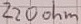
Text: 220 ohm